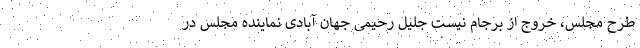
طرح مجلس، خروج از برجام نیست جلیل رحیمی جهان آبادی نماینده مجلس در